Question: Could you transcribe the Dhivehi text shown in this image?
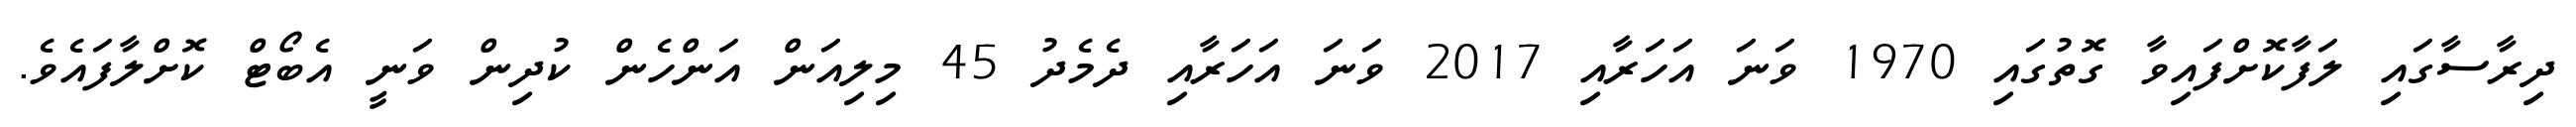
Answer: ދިރާސާގައި ލަފާކޮށްފައިވާ ގޮތުގައި 1970 ވަނަ އަހަރާއި 2017 ވަނަ އަހަރާއި ދެމެދު 45 މިލިއަން އަންހެން ކުދިން ވަނީ އެބޯޓް ކޮށްލާފައެވެ.